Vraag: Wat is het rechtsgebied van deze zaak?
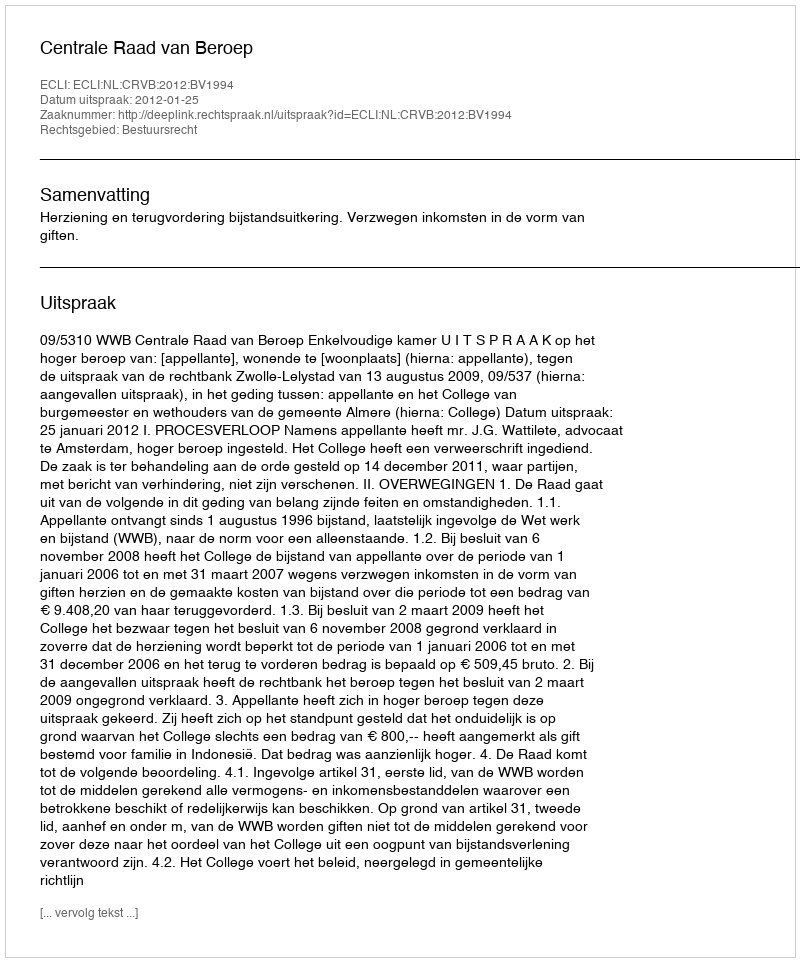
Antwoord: Bestuursrecht